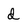
Character: d